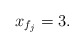
\begin{align*} x_{f_j} &= 3. \end{align*}